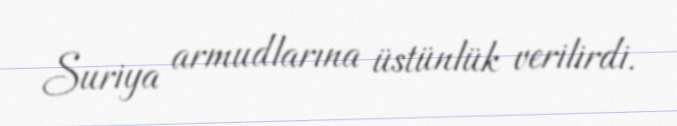
Suriya armudlarına üstünlük verilirdi.